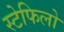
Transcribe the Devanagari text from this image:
स्टेफिलो